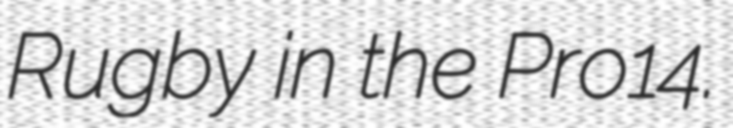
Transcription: Rugby in the Pro14.